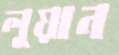
লুয়ান